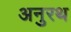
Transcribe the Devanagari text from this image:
अनुरथ